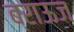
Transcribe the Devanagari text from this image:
ब्राऊज